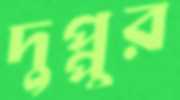
দুপ্পুর